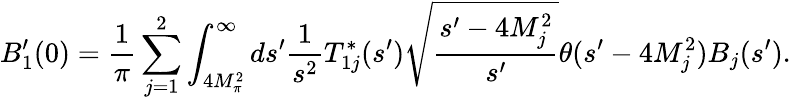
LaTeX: B_{1}^{\prime}(0)=\frac{1}{\pi}\sum_{j=1}^{2}\int_{4M_{\pi}^{2}}^{\infty}ds^{\prime}\frac{1}{s^{2}}T_{1j}^{*}(s^{\prime})\sqrt\frac{s^{\prime}-4M_{j}^{2}}{s^{\prime}}\theta(s^{\prime}-4M_{j}^{2})B_{j}(s^{\prime}).